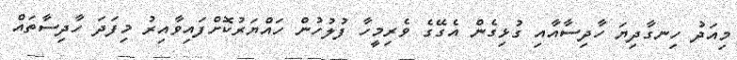
މިއަދު ހިނގާދިޔަ ހާދިސާއާއި ގުޅިގެން އެގޭގެ ވެރިމީހާ ފުލުހުން ހައްޔަރުކޮށްފައިވާއިރު މިފަދަ ހާދިސާތައް